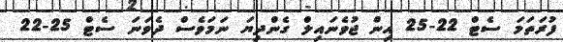
ފުރަތަމަ ސެޓް 22-25 އިން ޖުވެނައިލް ގެންދިޔަ ނަމަވެސް ދެވަނަ ސެޓް 25-22